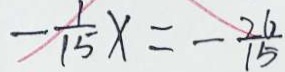
- \frac { 1 } { 1 5 } x = - \frac { 2 6 } { 1 5 }